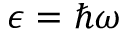
\epsilon = \hbar \omega